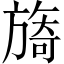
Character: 旖